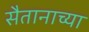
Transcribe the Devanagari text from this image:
सैतानाच्या